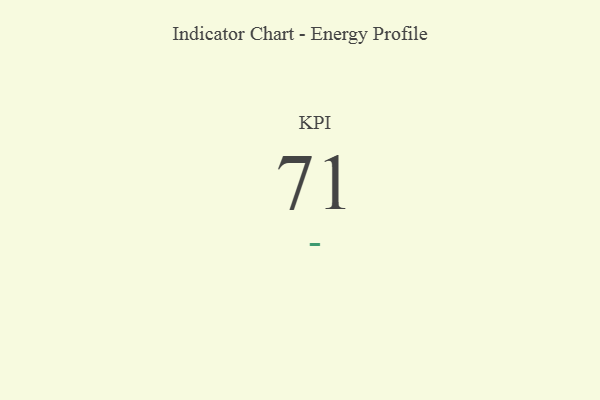
{"axis": {"x": "KPI", "y": "Value"}, "legend": [""], "data": [{"x": "KPI", "y": 71, "type": ""}]}